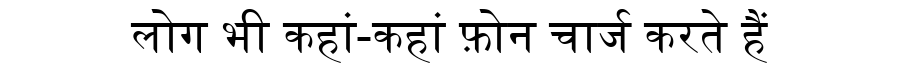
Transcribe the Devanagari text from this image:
लोग भी कहां-कहां फ़ोन चार्ज करते हैं